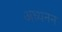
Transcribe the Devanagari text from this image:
अध्यनन